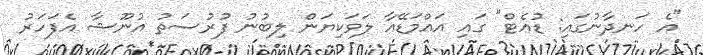
"އެ ހަނދާނުގައި: ޑުއެޓް" ގައި އައްމަޑޭއާ ލަވަކިޔަން ލިބުނު ފުރުސަތު އުނޫޝާ އެފަހަރު